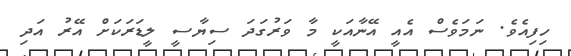
ހިފިއެވެ. ނަމަވެސް އެއީ އޭނާއަކީ މާ ވަރުގަދަ ސިޔާސީ ލީޑަރަކަށް އޭރު އަދި